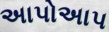
અાપોઅાપ